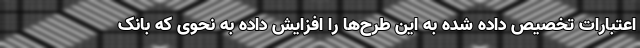
اعتبارات تخصیص داده شده به این طرح‌ها را افزایش داده به نحوی که بانک